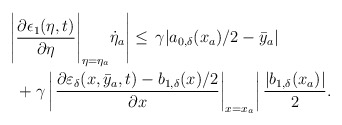
\begin{align*}\begin{aligned}\Bigg|&\dfrac{\partial \epsilon_1(\eta,t)}{\partial \eta}\Bigg|_{\eta = \eta_a}\dot{\eta}_a\Bigg| \le \,\gamma|a_{0,\delta}(x_a)/2-\bar{y}_a|\\&+\gamma \left|\left.\dfrac{\partial\varepsilon_\delta(x,\bar{y}_a,t)-b_{1,\delta}(x)/2}{\partial x}\right|_{x = x_a}\right|\dfrac{|b_{1,\delta}(x_a)|}{2}.\end{aligned}\end{align*}